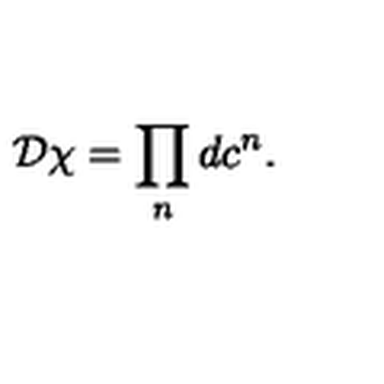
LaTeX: { \cal D } \chi = \prod _ { n } d c ^ { n } .